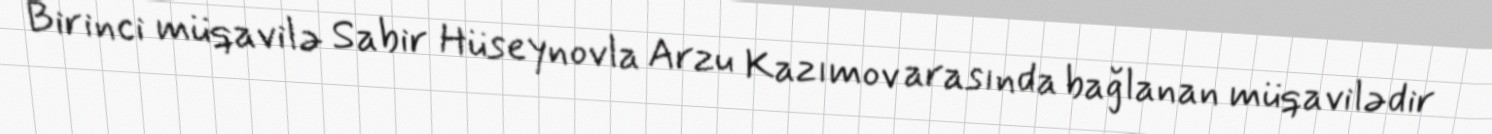
Birinci müqavilə Sabir Hüseynovla Arzu Kazımov arasında bağlanan müqavilədir